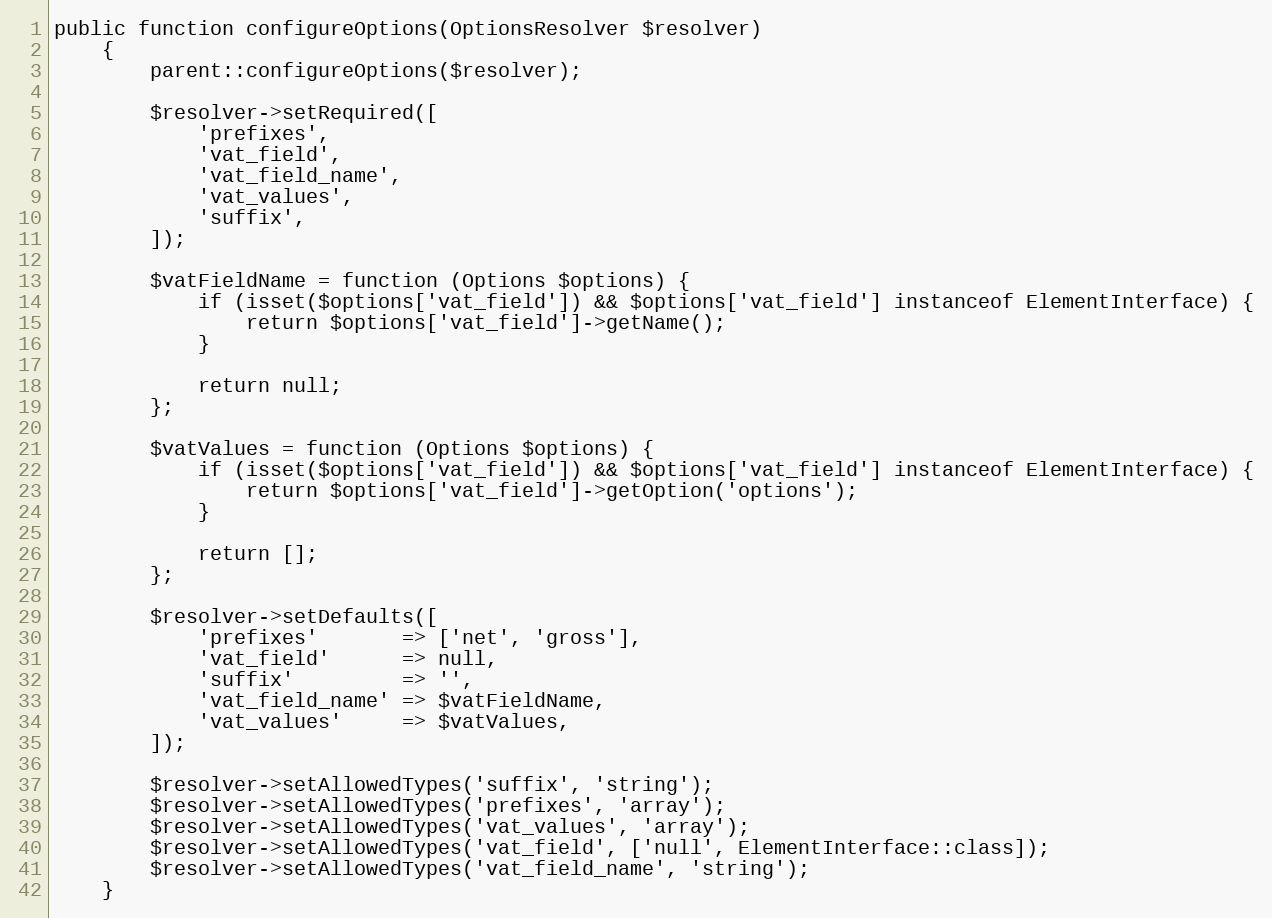
Language: PHP
public function configureOptions(OptionsResolver $resolver)
    {
        parent::configureOptions($resolver);

        $resolver->setRequired([
            'prefixes',
            'vat_field',
            'vat_field_name',
            'vat_values',
            'suffix',
        ]);

        $vatFieldName = function (Options $options) {
            if (isset($options['vat_field']) && $options['vat_field'] instanceof ElementInterface) {
                return $options['vat_field']->getName();
            }

            return null;
        };

        $vatValues = function (Options $options) {
            if (isset($options['vat_field']) && $options['vat_field'] instanceof ElementInterface) {
                return $options['vat_field']->getOption('options');
            }

            return [];
        };

        $resolver->setDefaults([
            'prefixes'       => ['net', 'gross'],
            'vat_field'      => null,
            'suffix'         => '',
            'vat_field_name' => $vatFieldName,
            'vat_values'     => $vatValues,
        ]);

        $resolver->setAllowedTypes('suffix', 'string');
        $resolver->setAllowedTypes('prefixes', 'array');
        $resolver->setAllowedTypes('vat_values', 'array');
        $resolver->setAllowedTypes('vat_field', ['null', ElementInterface::class]);
        $resolver->setAllowedTypes('vat_field_name', 'string');
    }